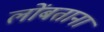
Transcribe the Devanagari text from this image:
लोंबताना